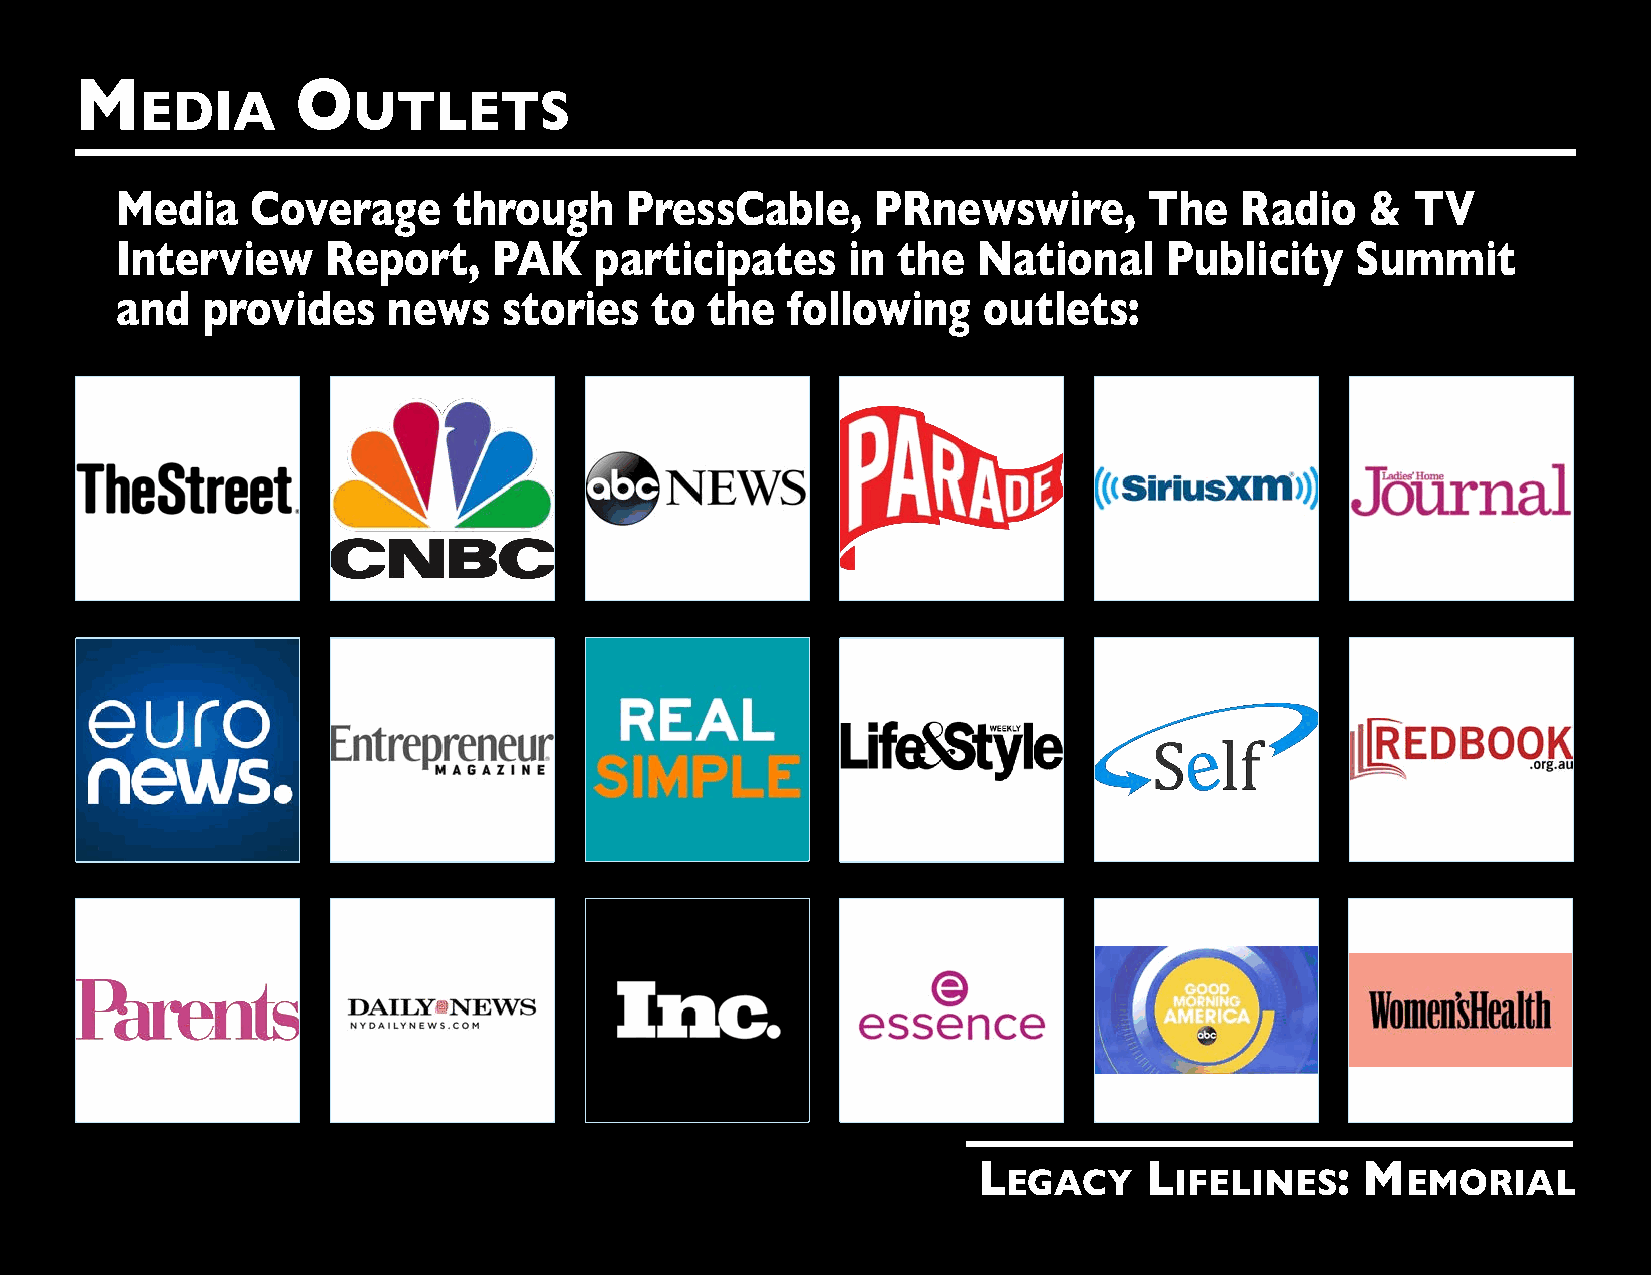
M              O
 EDIA          UTLETS
 Media    Coverage     through    PressCable,      PRnewswire,       The   Radio    &  TV
 Interview     Report,    PAK   participates     in the   National    Publicity    Summit
 and  provides     news   stories   to  the  following    outlets:
 L          L           : M
 EGACY      IFELINES       EMORIAL